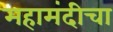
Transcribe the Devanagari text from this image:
महामंदीचा